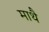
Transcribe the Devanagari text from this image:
माथै